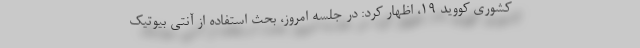
کشوری کووید ۱۹، اظهار کرد: در جلسه امروز، بحث استفاده از آنتی بیوتیک